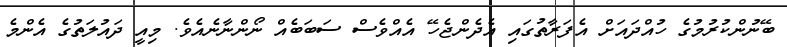
ބޭނުންކުރުމުގެ ހުއްދައަށް އެފަރާތުގައި އެދެންޖެހޭ އެއްވެސް ސަބަބެއް ނޯންނާނެއެވެ. މިއީ ދައުލަތުގެ އެންމެ